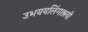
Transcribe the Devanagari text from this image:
उभययलिंगाश्रयी